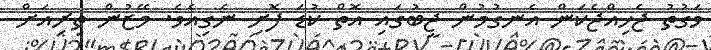
ވަގުތު ޖެހިއްޖެކަން އެނގުމުން ޖީބުގައި އޮތް ކުޑަ ފޮށި ނެގިއެވެ. މޭޒުން ތިރިއަށް